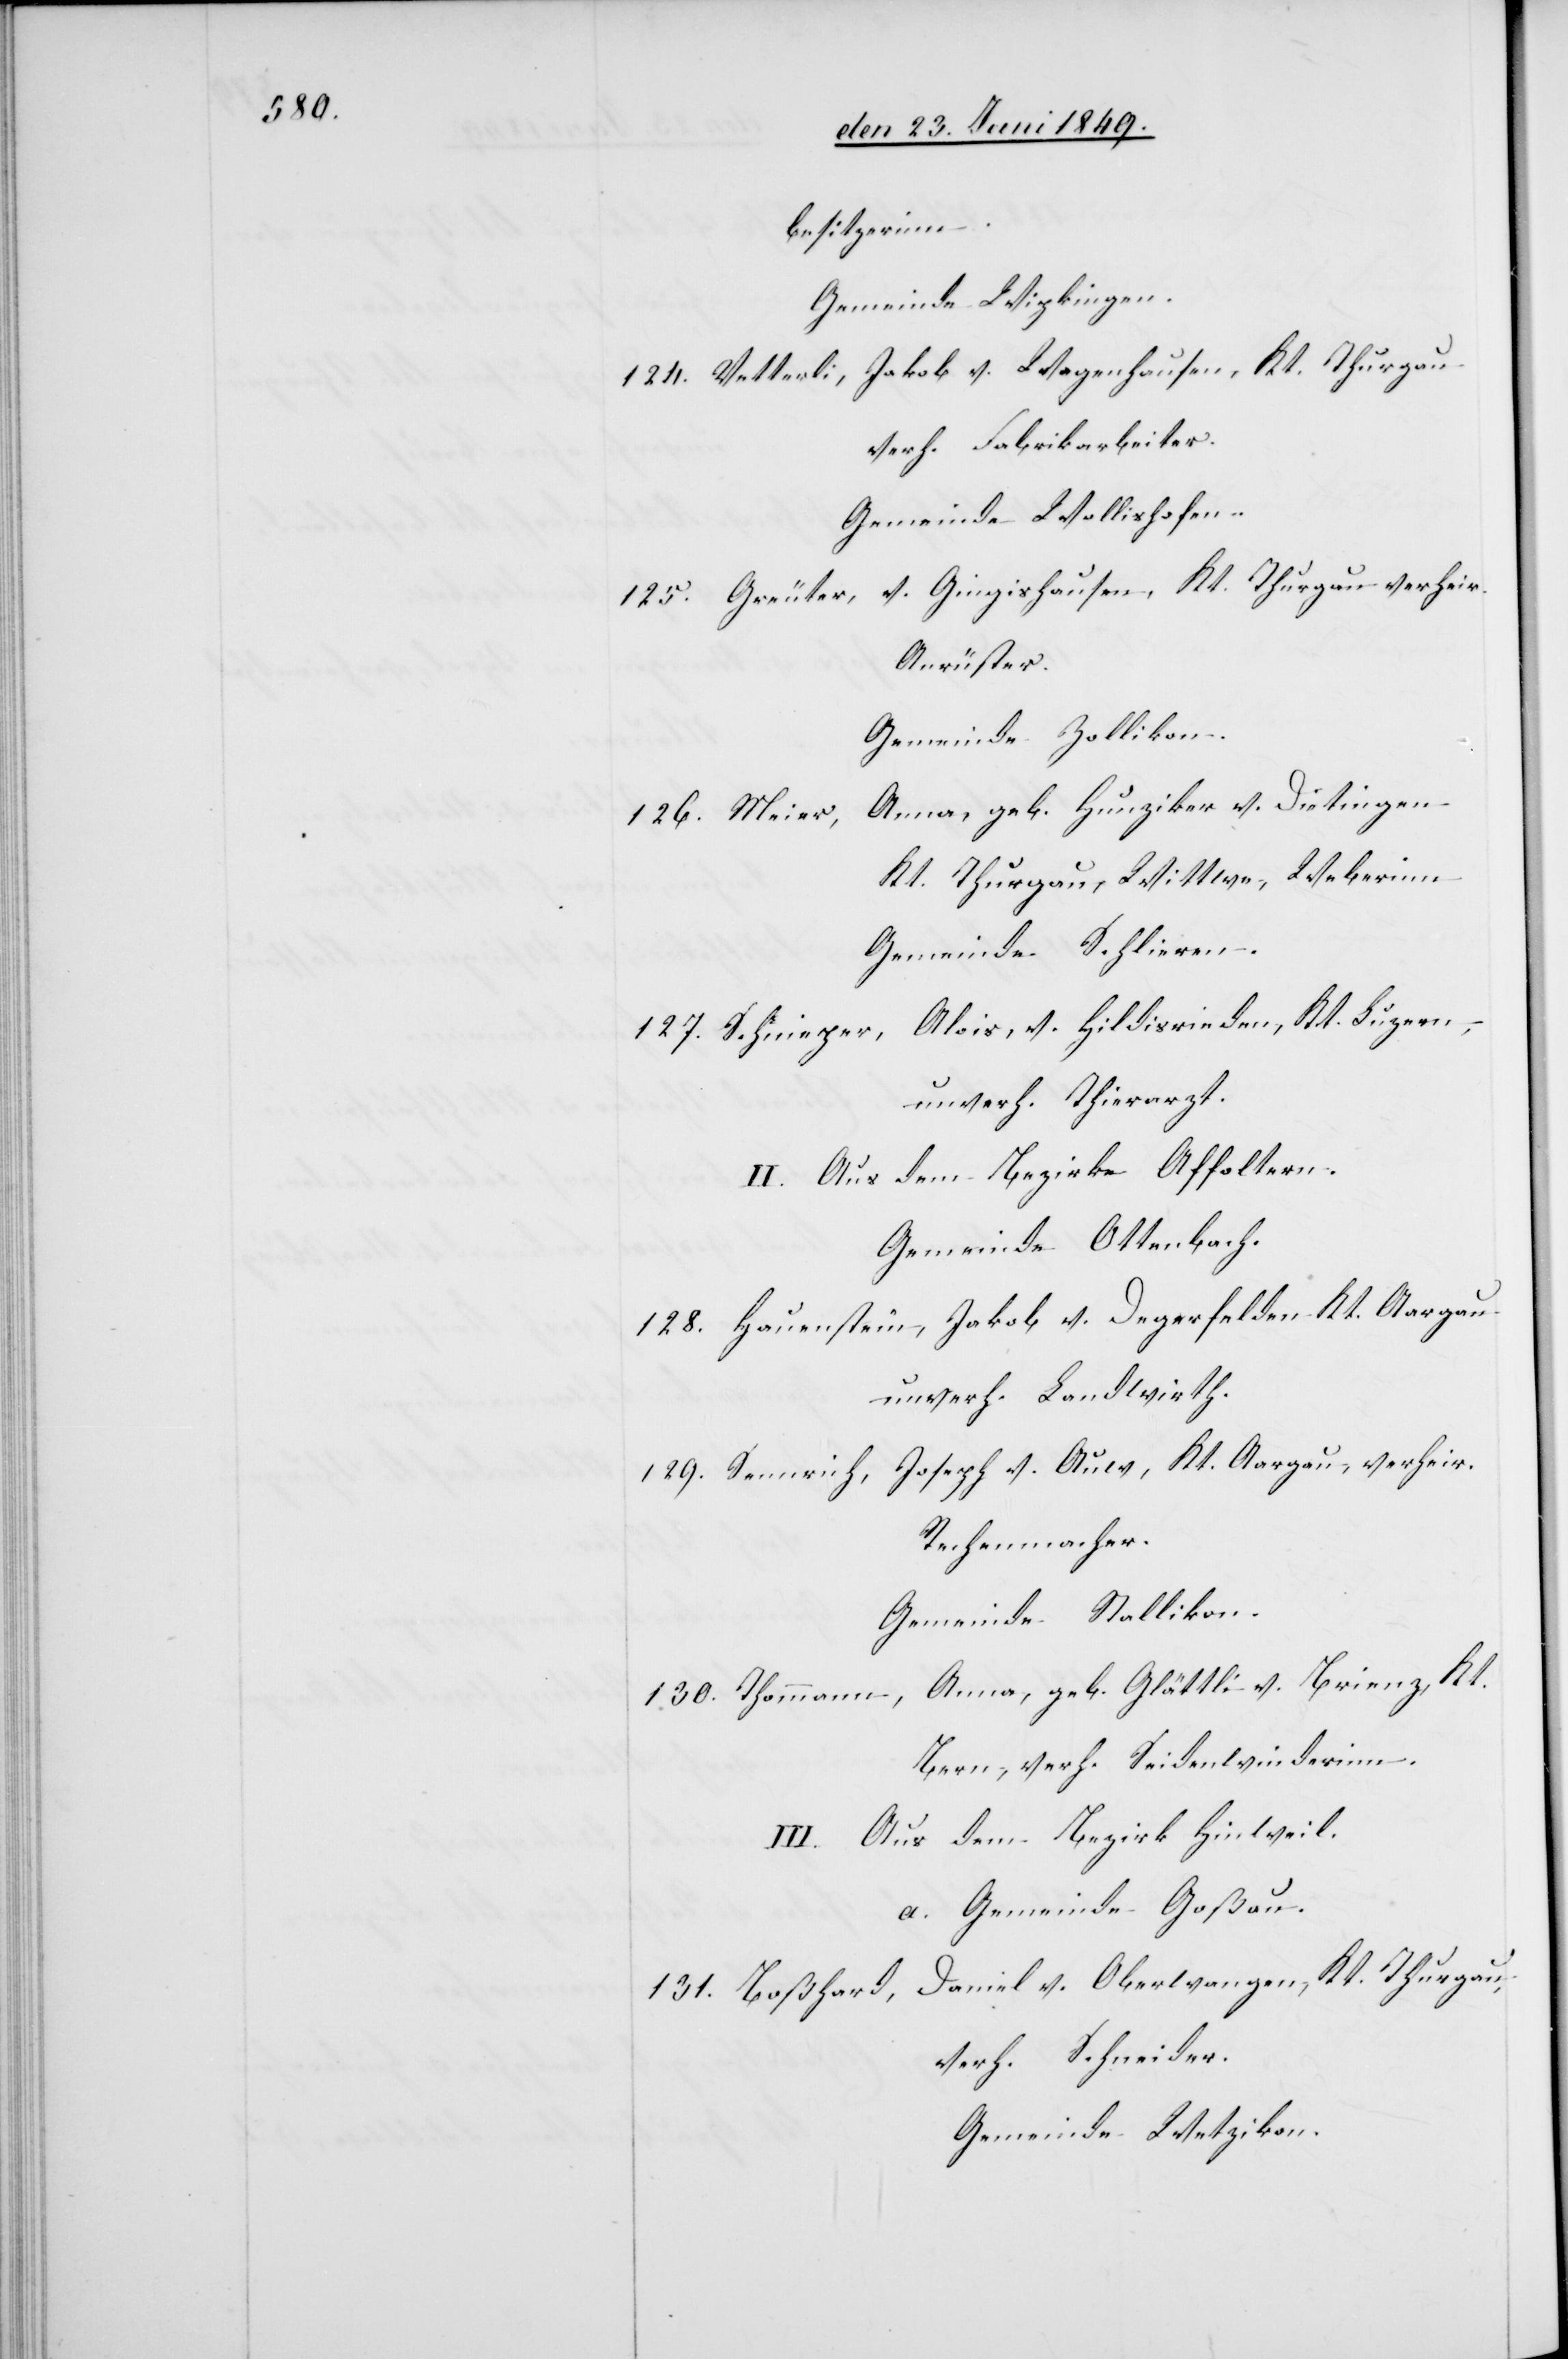
besitzerinn.
Gemeinde Wipkingen.
124. Vetterli, Jakob v. Wagenhausen, Kt. Thurgau
verh. Fabrikarbeiter.
Gemeinde Wollishofen.
125. Greuter, v. Gingishausen, Kt. Thurgau verheir.
Anrüster.
Gemeinde Zollikon.
Anna, geb. Hunziker v. Dietingen
126. Meier,
Kt. Thurgau, Wittwe, Weberinn
Gemeinde Schlieren.
127. Schniezer, Alois, v. Hildisrieden, Kt. Luzern,
unverh. Thierarzt.
II. Aus dem Bezirke Affoltern.
Gemeinde Ottenbach.
128. Hauenstein, Jakob v. Degerfelden Kt. Aargau
unverh. Landwirth.
129. Sennrich, Joseph v. Auw. Kt. Aargau, verheir.
Rechenmacher.
Gemeinde Stallikon.
130. Thommann, Anna, geb. Glättli v. Brienz, Kt.
Bern, verh. Seidenwinderinn.
III. Aus dem Bezirk Hinweil.
a. Gemeinde Goßau.
131. Boßhard, Daniel v. Oberwangen, Kt. Thurgau,
verh. Schneider.
Gemeinde Wetzikon.